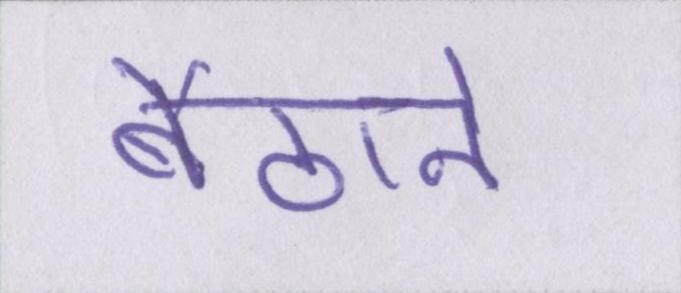
बैठाने